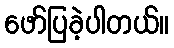
ဖော်ပြခဲ့ပါတယ်။